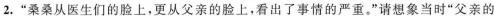
2.”桑桑从医生们的脸上，更从父亲的脸上，看出了事情的严重。”请想象当时”父亲的